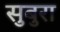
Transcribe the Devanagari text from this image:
सुबुरा